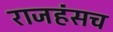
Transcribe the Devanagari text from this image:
राजहंसच